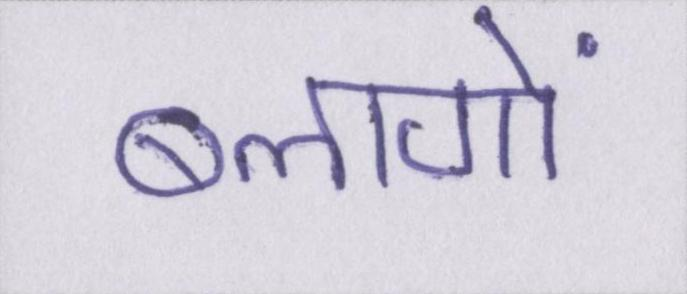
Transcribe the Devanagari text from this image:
ब्लागों